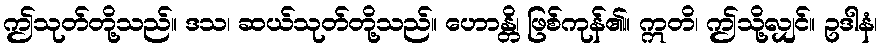
ဤသုတ်တို့သည်။ ဒသ၊ ဆယ်သုတ်တို့သည်။ ဟောန္တိ၊ ဖြစ်ကုန်၏။ ဣတိ၊ ဤသို့လျှင်။ ဥဒါနံ၊